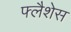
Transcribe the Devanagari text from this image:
फ्लैशेस